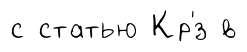
с статью Кр'́з в